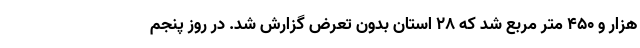
هزار و ۴۵۰ متر مربع شد که ۲۸ استان بدون تعرض گزارش شد. در روز پنجم